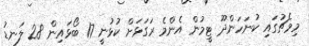
މިމެޗުގައި ކުނަހަންދޫ ޓީމުން އެންމެ ރަގަޅަށް ކުޅުނީ 17 ބޯޅައިން 28 ލަނޑު